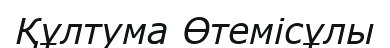
Құлтума Өтемісұлы